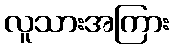
လူသားအကြား